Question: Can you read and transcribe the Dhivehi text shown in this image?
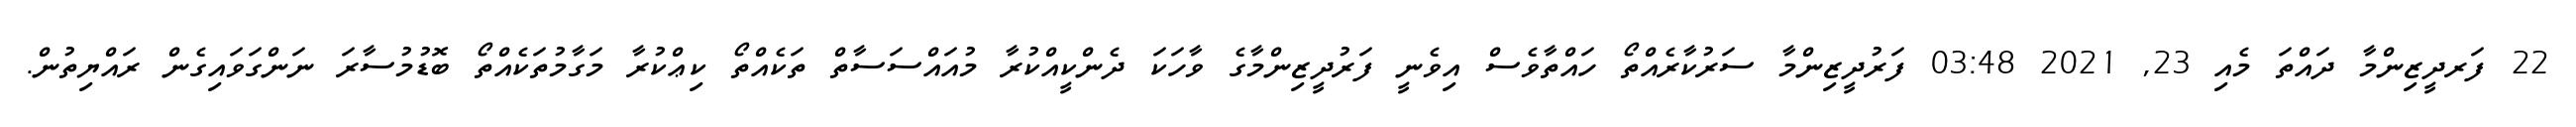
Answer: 22 ފަރދީޒިންމާ ދައްތަ މެއި 23, 2021 03:48 ފަރުދީޒިންމާ ސަރުކާރެއްތޯ ހައްތާވެސް އިވެނީ ފަރުދީޒިންމާގެ ވާހަކަ ދެންކީއްކުރާ މުއައްސަސާތް ތަކެއްތޯ ކިޢްކުރާ މަގާމުތަކެއްތޯ ބޮޑުމުސާރަ ނަންގަވައިގެން ރައްޔިތުން.